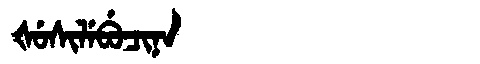
Manchu: ᡧᡠᠰᡳᠯᡝᠪᡠᠴᡳᠨᠠ
Romanization: ŠUSILEBUCINA